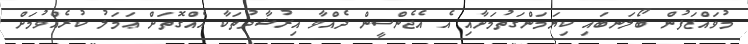
މުވައްޒަފުން ބޯލަނބައި ކިޔަމަންގަތުމަށާއި އެ އެޖެންސީން ދެއްވާ އިރުޝާދުތަކާ އެއްގޮތަށް ޢަމަލު ކުރެއްވުމަށް